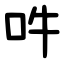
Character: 吽